Annual administration report of the Civil Veterinary Department, Sind - 1944-1945
Year: 1944
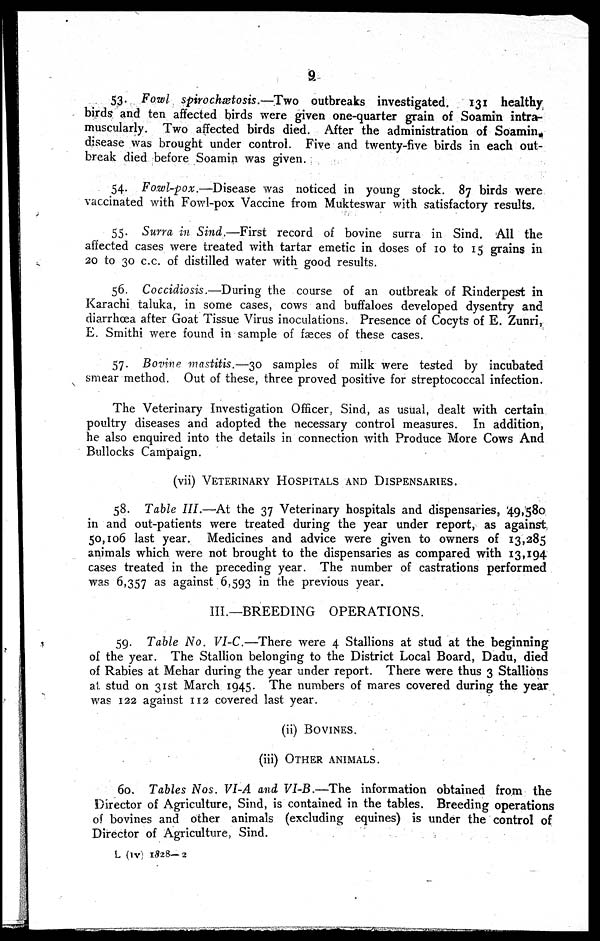
9
53. Fowl spirochætosis.—Two outbreaks investigated.
131 healthy
birds and ten affected birds were given one-quarter grain of Soamin intra-
muscularly. Two affected birds died. After the administration of Soamin
disease was brought under control. Five and twenty-five birds in each out-
break died before Soamin was given.
54. Fowl-pox.—Disease was noticed in young stock. 87 birds were
vaccinated with Fowl-pox Vaccine from Mukteswar with satisfactory results,
55. Surra in Sind.—First record of bovine surra in Sind. All the
affected cases were treated with tartar emetic in doses of 10 to 15 grains in
20 to 30 c.c. of distilled water with good results.
56. Coccidiosis.—During the course of an outbreak of Rinderpest in
Karachi taluka, in some cases, cows and buffaloes developed dysentry and
diarrhœa after Goat Tissue Virus inoculations. Presence of Cocyts of E. Zunri,
E. Smithi were found in sample of fæces of these cases.
57. Bovine mastitis.—30 samples of milk were tested by incubated
smear method. Out of these, three proved positive for streptococcal infection.
The Veterinary Investigation Officer. Sind, as usual, dealt with certain
poultry diseases and adopted the necessary control measures. In addition,
he also enquired into the details in connection with Produce More Cows And
Bullocks Campaign.
(vii) VETERINARY HOSPITALS AND DISPENSARIES.
58. Table III.—At the 37 Veterinary hospitals and dispensaries, 49,580
in and out-patients were treated during the year under report, as against
50,106 last year. Medicines and advice were given to owners of 13,285
animals which were not brought to the dispensaries as compared with 13,194
cases treated in the preceding year. The number of castrations performed
was 6,357 as against 6.593 in the previous year.
III.—BREEDING OPERATIONS.
59. Table No. VI-C.—There were 4 Stallions at stud at the beginning
of the year. The Stallion belonging to the District Local Board, Dadu, died
of Rabies at Mchar during the year under report. There were thus 3 Stallions
at stud on 31st March 1945. The numbers of mares covered during the year
was 122 against 112 covered last year.
(ii) BOVINES.
(iii) OTHER ANIMALS.
60. Tables Nos. VI-A and VI-B.—The information obtained from the
Director of Agriculture, Sind, is contained in the tables. Breeding operations
of bovines and other animals (excluding equines) is under the control of
Director of Agriculture Sind.
L (IV 1828— 2